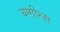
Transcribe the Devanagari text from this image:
बग्गीन्स